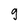
Character: 9